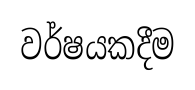
වර්ෂයකදීම